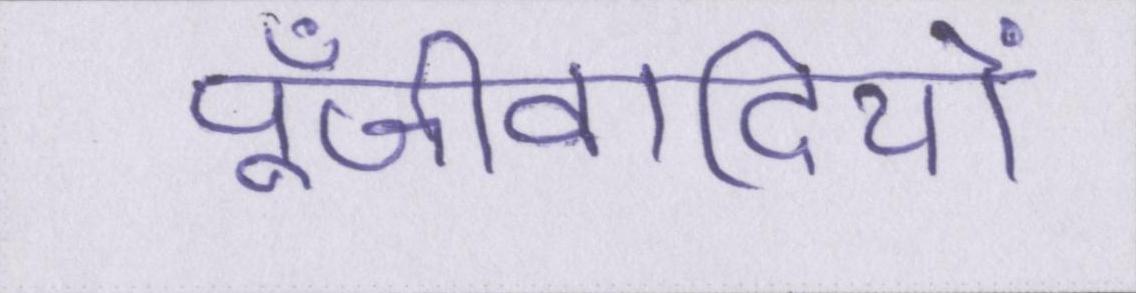
पूँजीवादियों